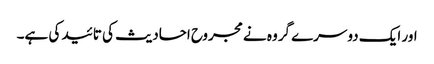
اور ایک دوسرے گروہ نے مجروح احادیث کی تائید کی ہے۔